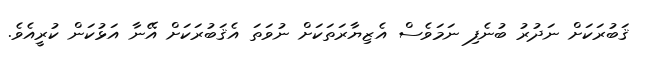
ޤަބުރަކަށް ނަދުރު ބުނެފި ނަމަވެސް އެޒިޔާރަތަކަށް ނުވަތަ އެޤަބުރަކަށް އޭނާ އަޅުކަން ކުރީއެވެ.